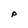
Character: P